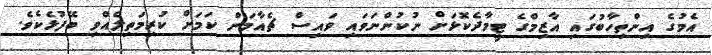
އެމުގެ އިންތިހާބުގައި އާޒިމްގެ ޓީމާދެކޮޅަށް ނުކުންނަވައި ވައިސް ޗެއާމަން ކަމަށް ކުރިމަތިލެއްވި ބޭފުޅެކެވެ.